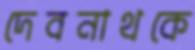
দেবনাথকে